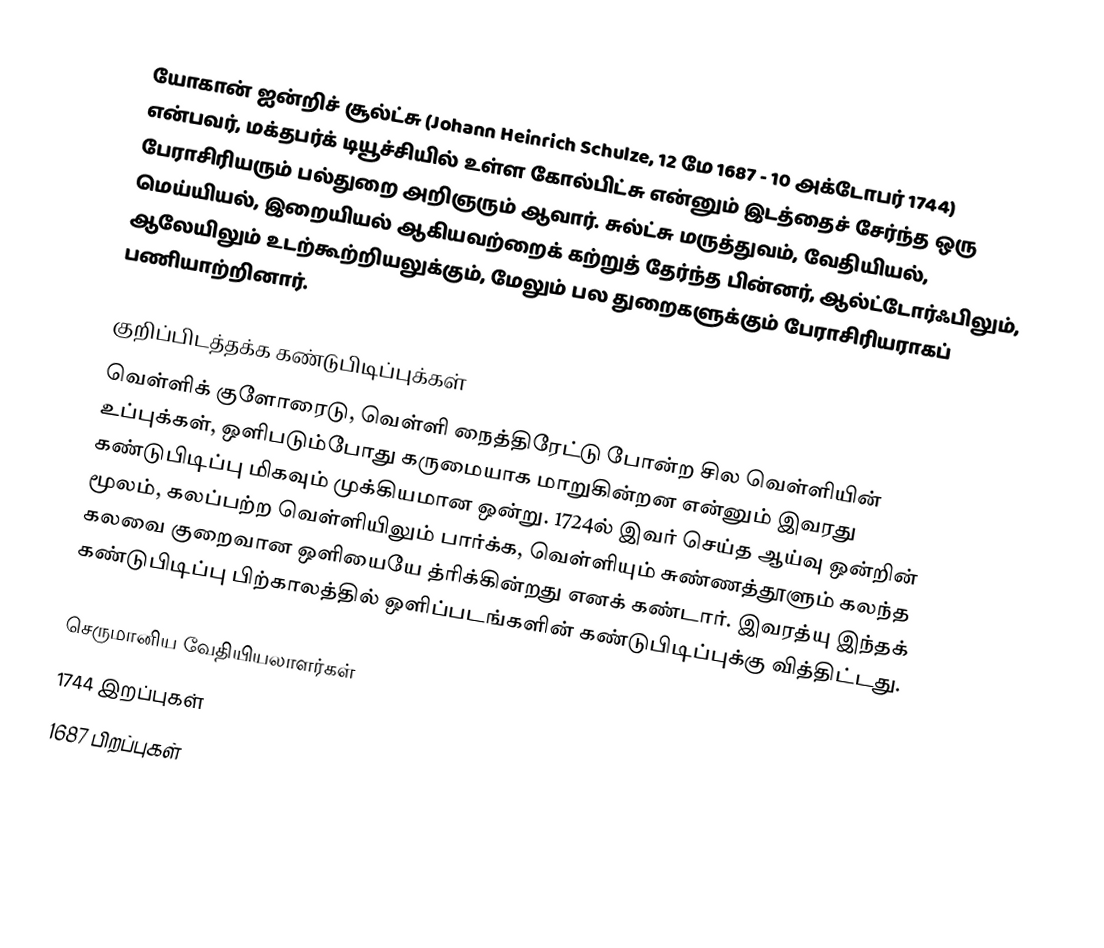
யோகான் ஐன்றிச் சூல்ட்சு (Johann Heinrich Schulze, 12 மே 1687 - 10 அக்டோபர் 1744) என்பவர், மக்தபர்க் டியூச்சியில் உள்ள கோல்பிட்சு என்னும் இடத்தைச் சேர்ந்த ஒரு பேராசிரியரும் பல்துறை அறிஞரும் ஆவார். சுல்ட்சு மருத்துவம், வேதியியல், மெய்யியல், இறையியல் ஆகியவற்றைக் கற்றுத் தேர்ந்த பின்னர், ஆல்ட்டோர்ஃபிலும், ஆலேயிலும் உடற்கூற்றியலுக்கும், மேலும் பல துறைகளுக்கும் பேராசிரியராகப் பணியாற்றினார்.

குறிப்பிடத்தக்க கண்டுபிடிப்புக்கள்
வெள்ளிக் குளோரைடு, வெள்ளி நைத்திரேட்டு போன்ற சில வெள்ளியின் உப்புக்கள், ஒளிபடும்போது கருமையாக மாறுகின்றன என்னும் இவரது கண்டுபிடிப்பு மிகவும் முக்கியமான ஒன்று. 1724ல் இவர் செய்த ஆய்வு ஒன்றின் மூலம், கலப்பற்ற வெள்ளியிலும் பார்க்க, வெள்ளியும் சுண்ணத்தூளும் கலந்த கலவை குறைவான ஒளியையே த்ரிக்கின்றது எனக் கண்டார். இவரத்யு இந்தக் கண்டுபிடிப்பு பிற்காலத்தில் ஒளிப்படங்களின் கண்டுபிடிப்புக்கு வித்திட்டது.

செருமானிய வேதியியலாளர்கள்
1744 இறப்புகள்
1687 பிறப்புகள்